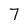
Character: 7